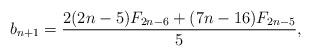
LaTeX: \begin{align*}b_{n+1}=\frac{2(2n-5)F_{2n-6} + (7n-16)F_{2n-5}}{5}, \end{align*}